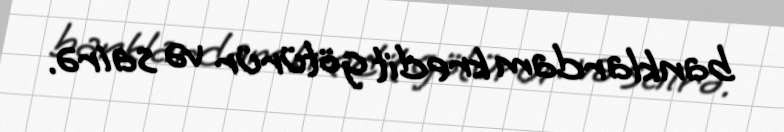
banklardam kredit götürür və sairə.